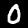
Digit: 0